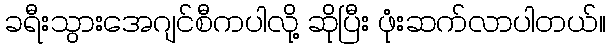
ခရီးသွားအေဂျင်စီကပါလို့ ဆိုပြီး ဖုံးဆက်လာပါတယ်။